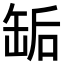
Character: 缿